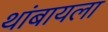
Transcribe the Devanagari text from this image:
थांबायला